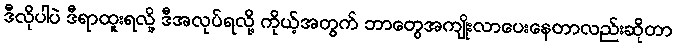
ဒီလိုပါပဲ ဒီရာထူးရလို့ ဒီအလုပ်ရလို့ ကိုယ့်အတွက် ဘာတွေအကျိုးလာပေးနေတာလည်းဆိုတာ